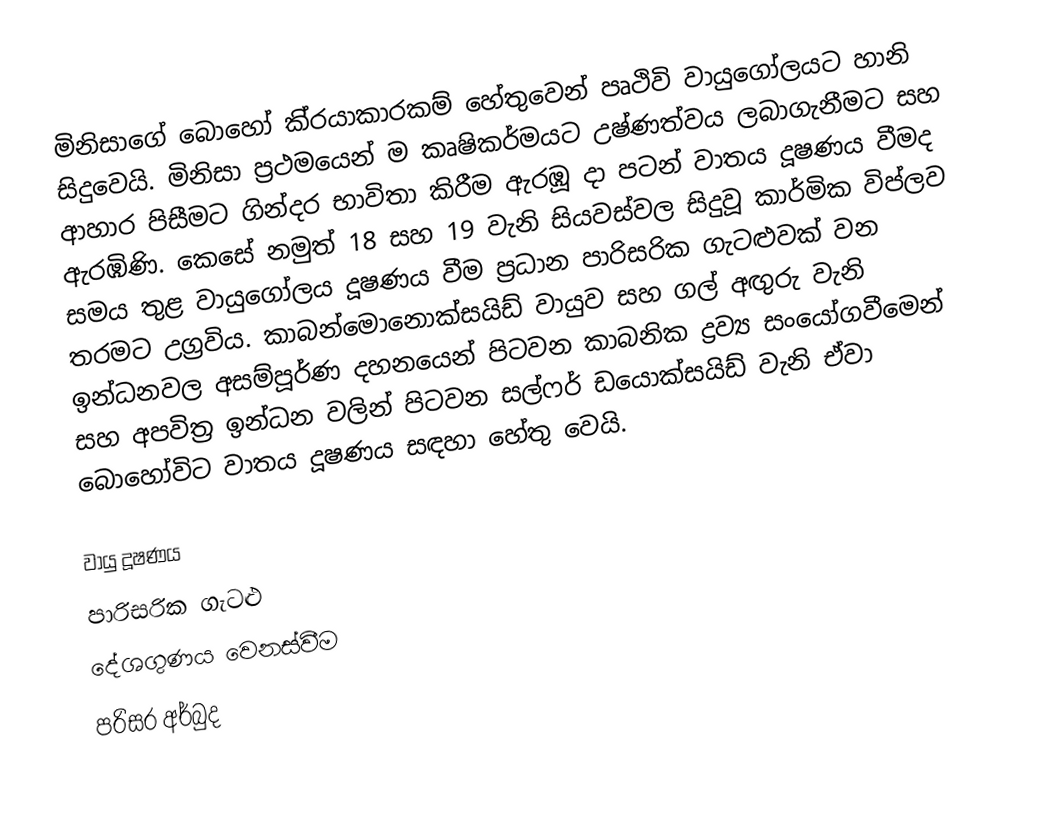
මිනිසාගේ බොහෝ කි‍්‍රයාකාරකම් හේතුවෙන් පෘථිවි වායුගෝලයට හානි සිදුවෙයි. මිනිසා ප‍්‍රථමයෙන් ම කෘෂිකර්මයට උෂ්ණත්වය ලබාගැනීමට සහ ආහාර පිසීමට ගින්දර භාවිතා කිරීම ඇරඹූ දා පටන් වාතය දූෂණය වීමද ඇරඹිණි. කෙසේ නමුත් 18 සහ 19 වැනි සියවස්වල සිදුවූ කාර්මික විප්ලව සමය තුළ වායුගෝලය දූෂණය වීම ප‍්‍රධාන පාරිසරික ගැටළුවක් වන තරමට උග‍්‍රවිය. කාබන්මොනොක්සයිඩ් වායුව සහ ගල් අඟුරු වැනි ඉන්ධනවල අසම්පූර්ණ දහනයෙන් පිටවන කාබනික ද්‍රව්‍ය සංයෝගවීමෙන් සහ අපවිත‍්‍ර ඉන්ධන වලින් පිටවන සල්ෆර් ඩයොක්සයිඩ් වැනි ඒවා බොහෝවිට වාතය දූෂණය සඳහා හේතු වෙයි.

වායු දූෂණය
පාරිසරික ගැටළු
දේශගුණය වෙනස්වීම
පරිසර අර්බුද